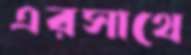
এরসাথে